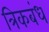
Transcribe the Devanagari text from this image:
त्रिकबंध